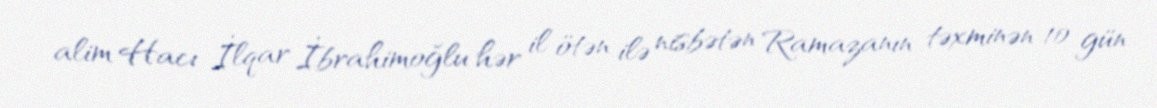
alim Hacı İlqar İbrahimoğlu hər il ötən ilə nisbətən Ramazanın təxminən 10 gün